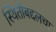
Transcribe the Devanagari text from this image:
स्थितीबद्दलचा